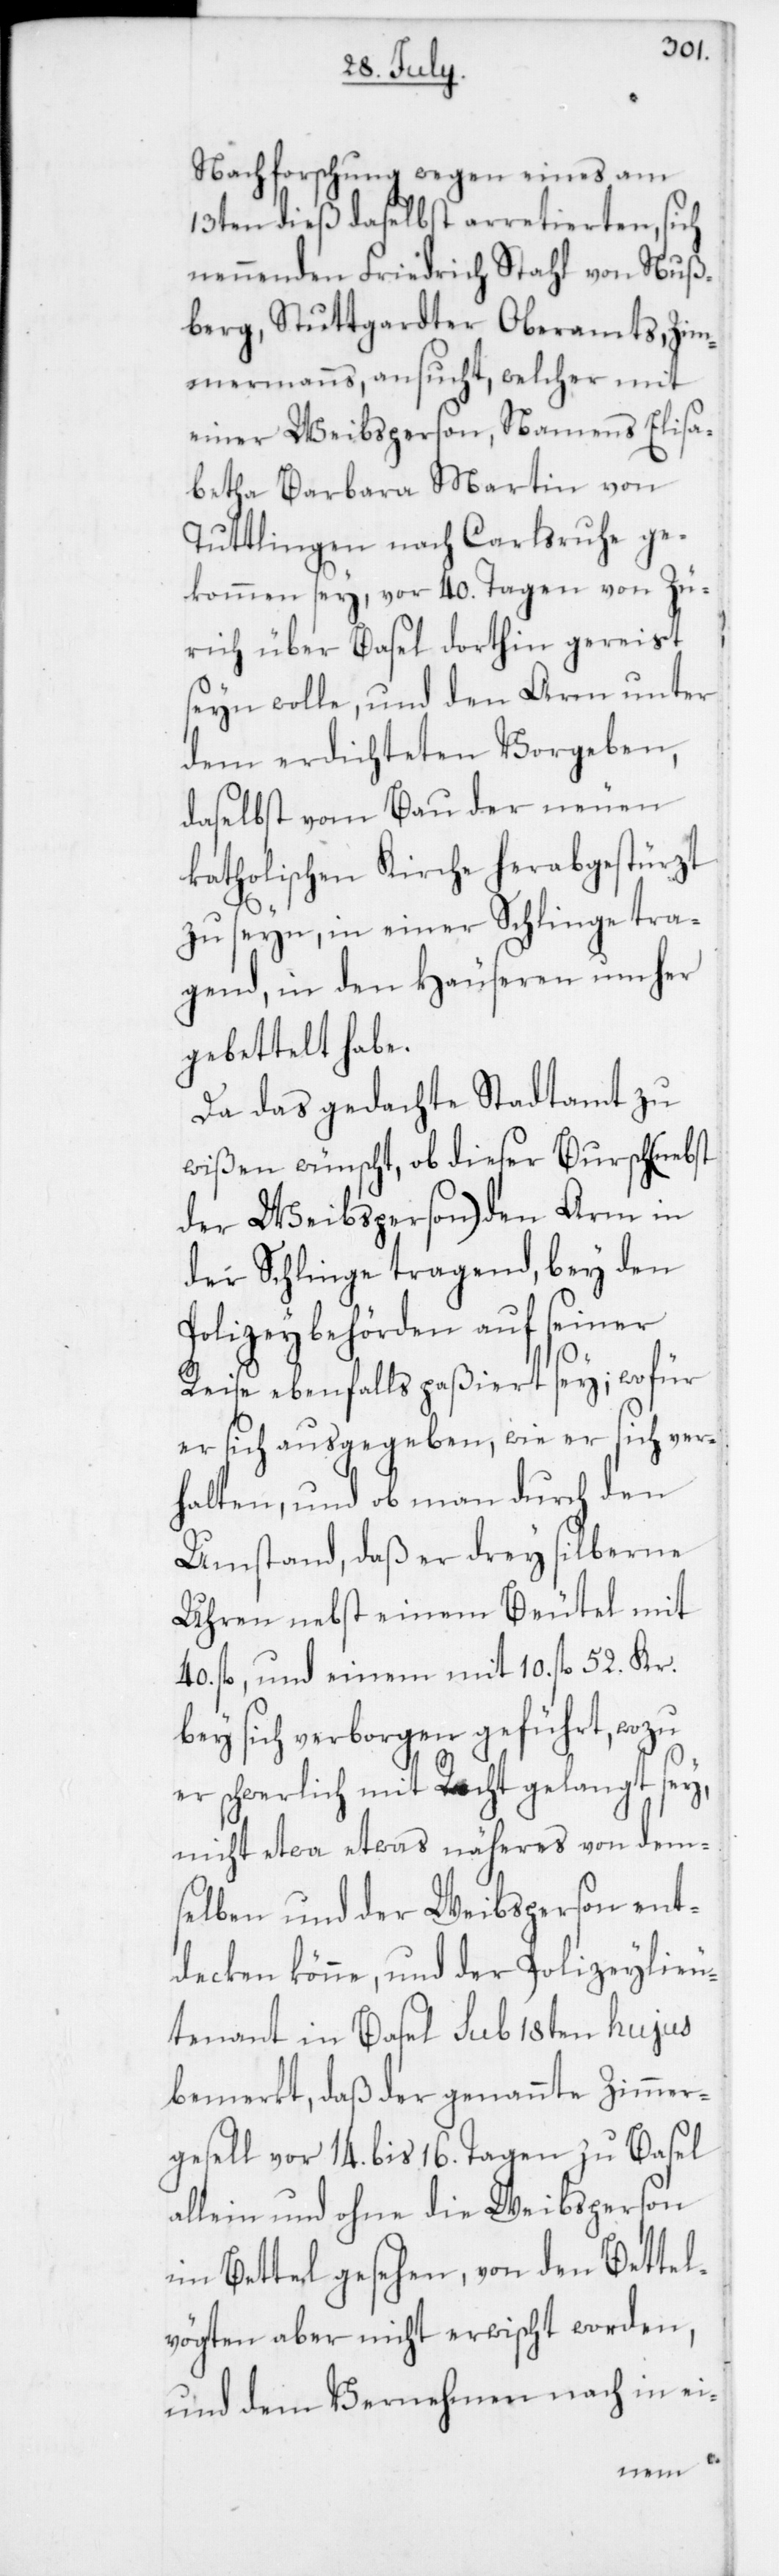
Nachforschung wegen eines am
13ten dieß daselbst arretierten, sich
nennenden Friedrich Stahl von Nuß¬
berg, Stuttgardter Oberamts, Zim¬
mermanns, ansucht, welcher mit
einer Weibsperson, Namens Elisa¬
betha Barbara Martin von
Tuttlingen nach Carlsruhe ge¬
kommen sey, vor 40. Tagen von Zü¬
rich über Basel dorthin gereist
seyn wolle, und den Arm unter
dem erdichteten Vorgeben,
daselbst vom Bau der neuen
katholischen Kirche herabgestürzt
zu seyn, in einer Schlinge tra¬
gend, in den Häuseren umher
gebettelt habe.
Da das gedachte Stadtamt zu
wißen wünscht, ob dieser Bursch (nebst
der Weibsperson) den Arm in
der Schlinge tragend, bey den
Polizeybehörden auf seiner
Reise ebenfalls paßiert sey; wofür
er sich ausgegeben, wie er sich ver¬
halten und ob man durch den
Umstand, daß er drey silberne
Uhren nebst einem Beutel mit
40. fl. und einem mit 10. fl. 52. Kr.
bey sich verborgen geführt, wozu
er schwerlich mit Recht gelangt sey,
nicht etwa etwas näheres von dem¬
selben und der Weibsperson ent¬
decken könne, und der Polizeylieu¬
tenant in Basel sub 18ten hujus
bemerkt, daß der genannte Zimmer¬
gesell vor 14. bis 16. Tagen zu Basel
allein und ohne die Weibsperson
im Bettel gesehen, von den Bettel¬
vögten aber nicht erwischt worden,
und dem Vernehmen nach in ei-